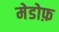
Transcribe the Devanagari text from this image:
मेडोफ़